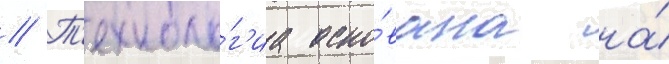
// Т'ехноло́г'иа осно́вана на́